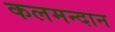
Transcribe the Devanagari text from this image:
कलमन्दान